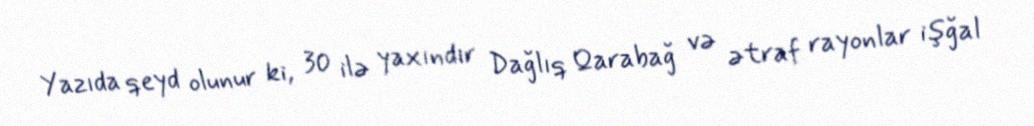
Yazıda qeyd olunur ki, 30 ilə yaxındır Dağlıq Qarabağ və ətraf rayonlar işğal